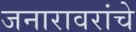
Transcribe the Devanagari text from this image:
जनारावरांचे